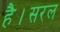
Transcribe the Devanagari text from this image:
है।सरल